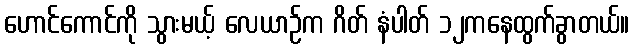
ဟောင်ကောင်ကို သွားမယ့် လေယာဉ်က ဂိတ် နံပါတ် ၁၂ကနေထွက်ခွာတယ်။